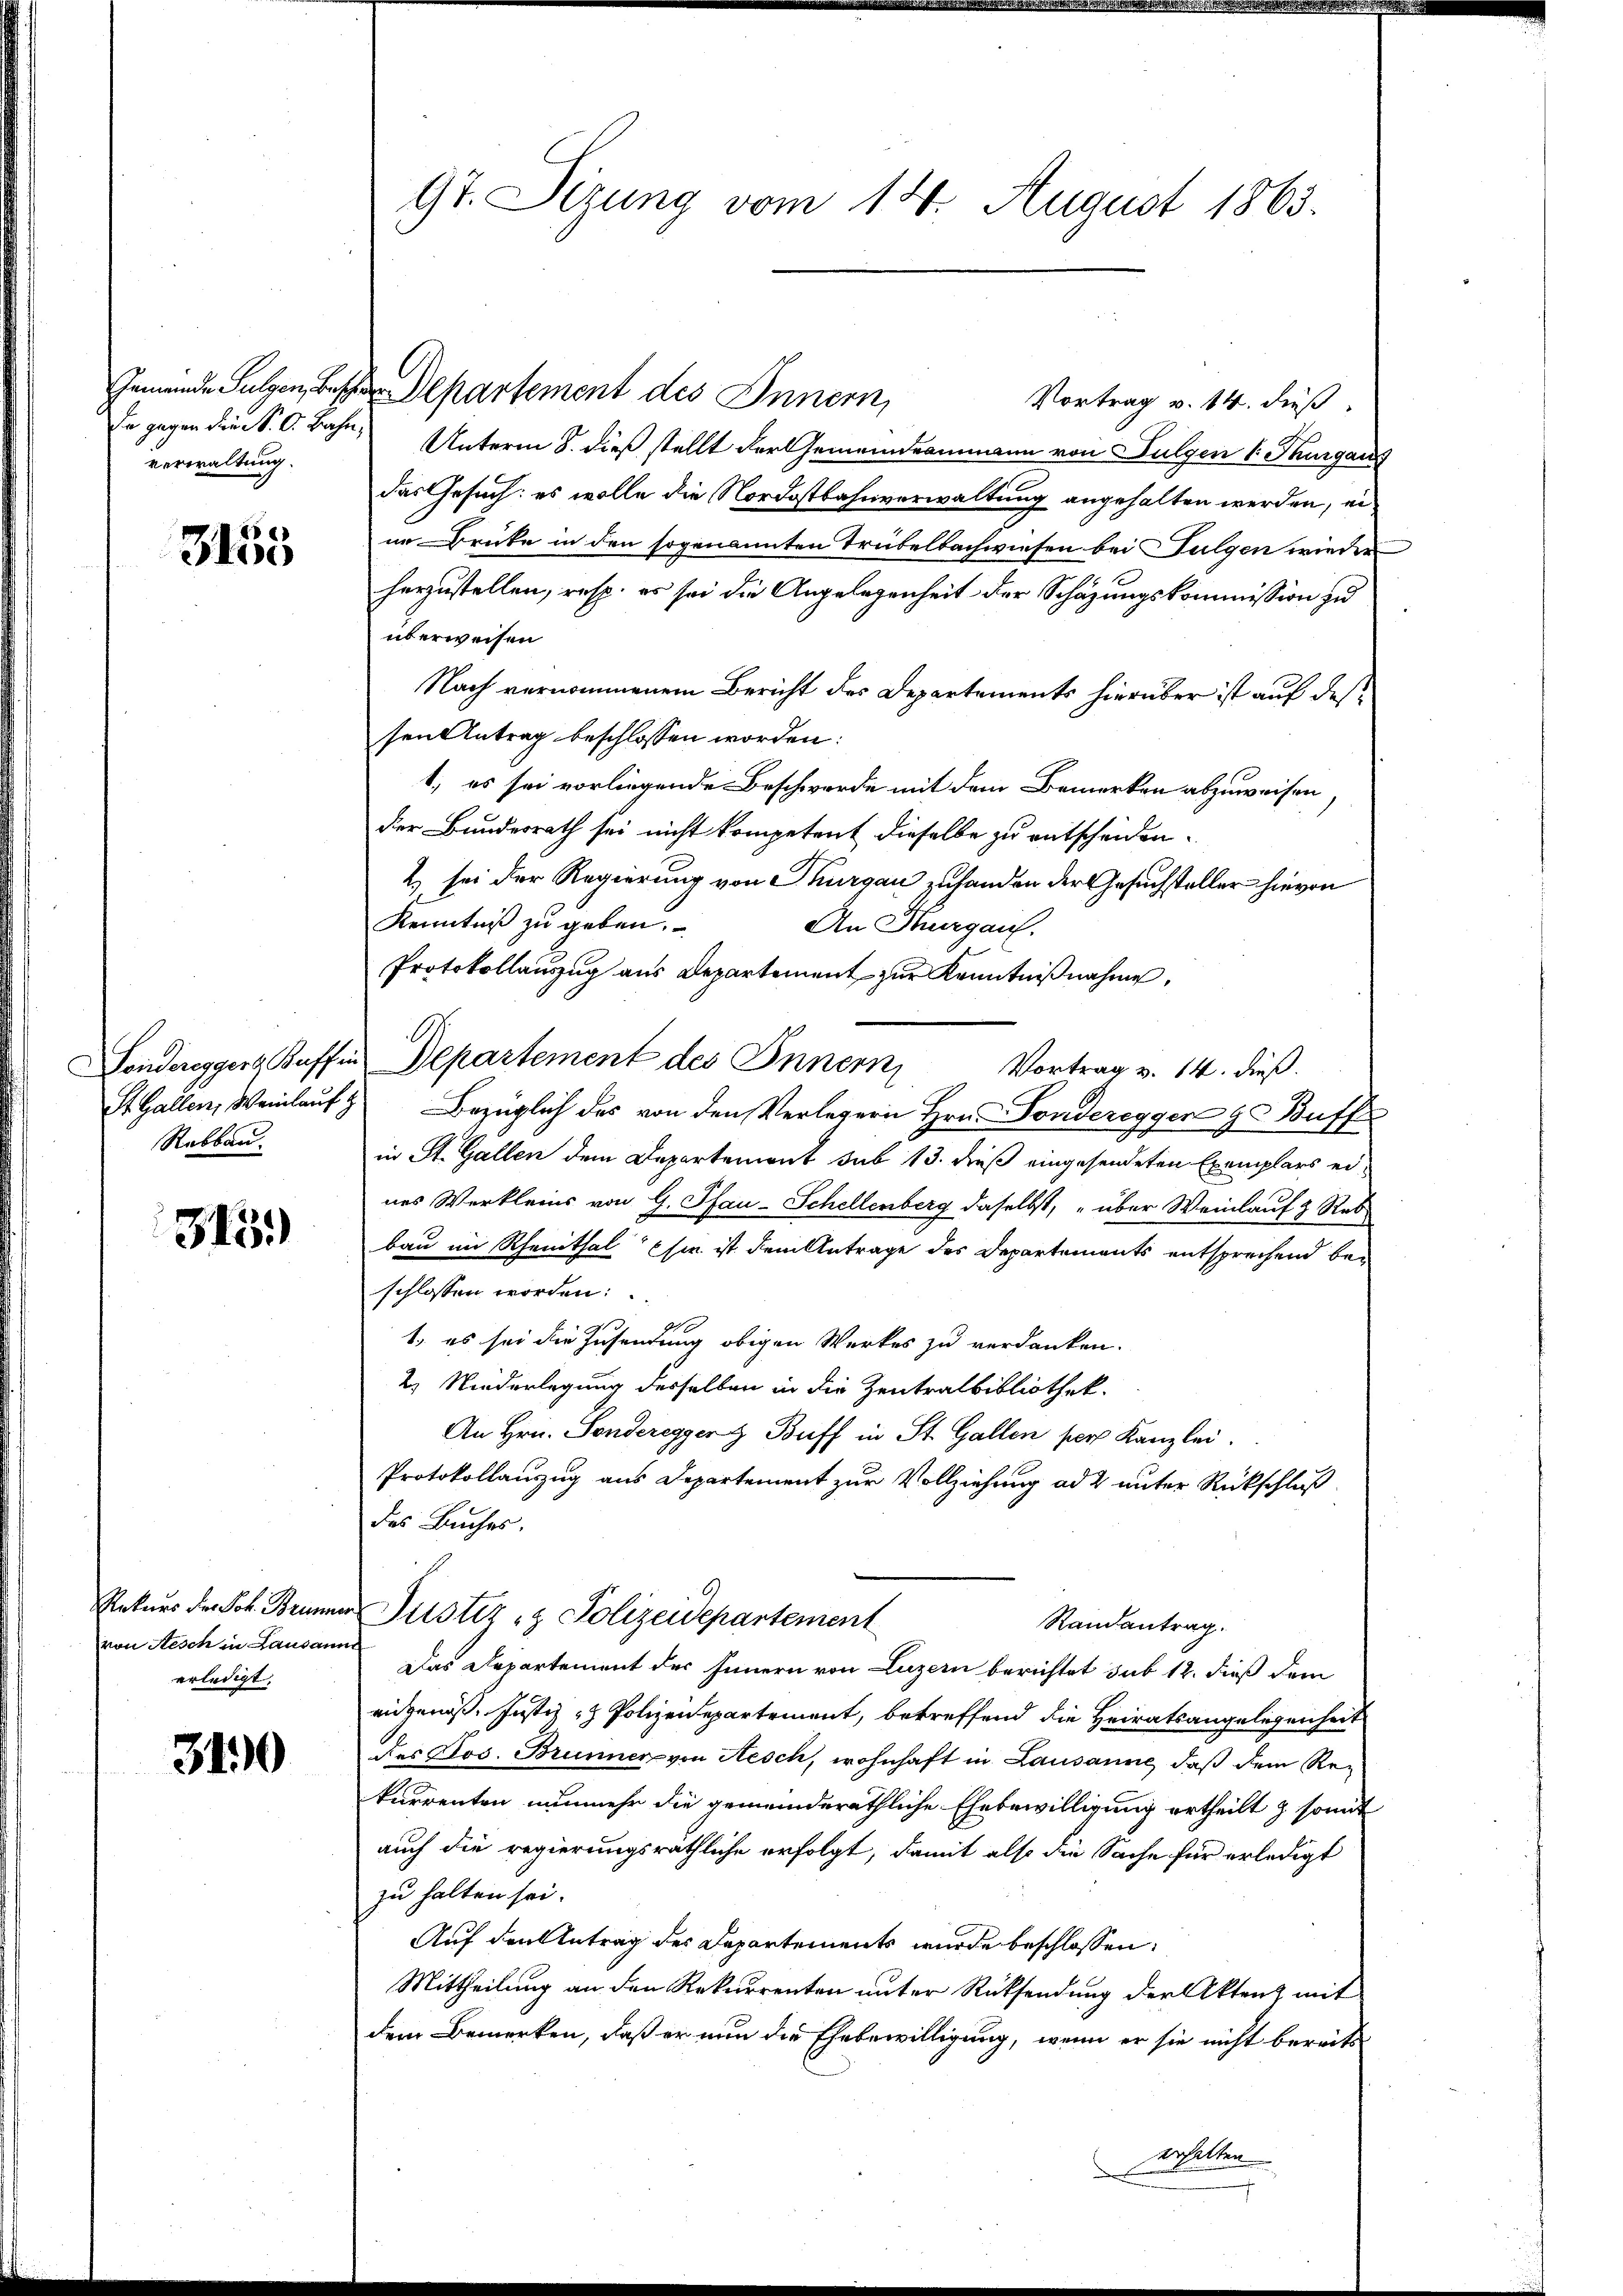
verwaltung.

2
3155

Rebbau.

315.)

Rekurs der Joh. Brunner
von Aesch in Lausann
erledigt. |

3190

9t. Sizung vom 14. August 1863.

Vortrag v. 14. dieß
de gegen die S. C. Bahn, Unterm 8. dieß stellt der Gemeindeammann von Fulgen 1 Thurgaus
das Gesuch: es wolle die Nordostbahnverwaltung angehalten werden, ei
nn Brücke in den sogenannten Trubelbachwiesen bei Fulgen wieder
herzustellen, resp. es sei die Angelegenheit der Schazungskommission zu
überweisen
Nach vernommenem Bericht des Departements hierüber ist auf dessen Antrag beschlossen worden:
1., es sei vorliegende Beschwerde mit dem Bemerken abzuweisen
der Bundesrath sei nicht kompetent dieselbe zu entscheiden.
2) sei der Regierung von Thurgau zuhanden der Gesuchsteller hievon
Kenntniß zu geben.
An Thurgau.
Protokollauszug aus Departement zur Kenntnißnahme,
Sondereggers Kaffen Departement des Innern, Vortrag v. 14. dieß.
St. Gallen, Weinlauf Bezüglich des von den Verlegern Hrn. Fondereggen zu Buff
c
in St. Gallen dem Departemont sub 13. dieß eingesendeten Exemplars eines Werkleins von G. Pfau-Schellenberg daselbst, über Weinlauf & Reb-
bau im Rheinthal sie ist dem Antrage des Departements entsprechend beschlossen worden:
1., es sei die Zusendung obigen Werkes zu verdanken.
2. Niederlegung desselben in die Zentralbibliothek.
An Hrn. Sonderegger z Buff in St. Gallen per Kanzlei.
Protokollauszug aus Departement zur Vollziehung ad 2 unter Rückschluß
des Buches.
Justiz- & Polizeidepartement
Randantrag.
 Das Repartement des Innern von Luzern berichtet sub 12. dieß dem
eidgenöß. Justiz- & Polizeidepartement, betreffend die Heiratsangelegenheit
des Jos. Brunner von Nesch, wohnhaft in Lausanne, daß dem Rekurrenten nunmehr die gemeinderäthliche Ehebewilligung ertheilt & somit
auch die regierungsräthliche erfolgt, damit also die Sache für erledigt
zu halten sei.
Auf den Antrag des Departements wurde beschlossen:
Mittheilung an den Rekurrenten unter Rücksendung der Akten mit
dem Bemerken, daß er nun die Ehebewilligung, wenn er sie nicht bereits
erhalten

Gemeinde Sulzen, es partement des Innern,

.